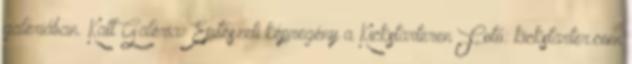
galériában. Katt Galéria: Építészeti képregény a Kickstarteren Fotó: kickstarter.com